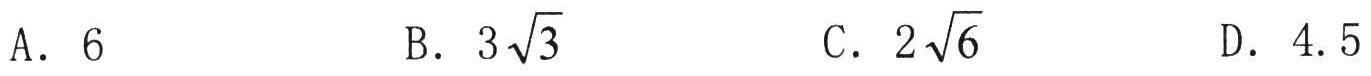
A. \(6\)
B. \(3\sqrt{3}\)
C. \(2\sqrt{6}\)
D. \(4.5\)